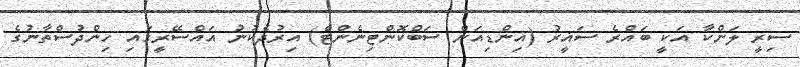
ސިރީ ލަންކާ އަކީ ބައްރެ ސަޣީރު (އިންޑިއަން ސަބްކޮންޓިނެންޓް) އިރުދެކުނު އައްސޭރީގައި ހިންދުސްތާނުގެ